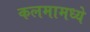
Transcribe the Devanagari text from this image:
कलमामध्ये